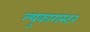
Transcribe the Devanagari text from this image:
ल्युकागस्टर